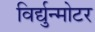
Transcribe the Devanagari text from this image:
विर्द्युन्मोटर